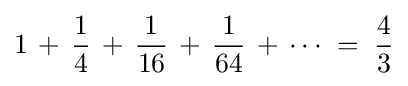
1\,+\,{\frac {1}{4}}\,+\,{\frac {1}{16}}\,+\,{\frac {1}{64}}\,+\,\cdots \;=\;{\frac {4}{3}}